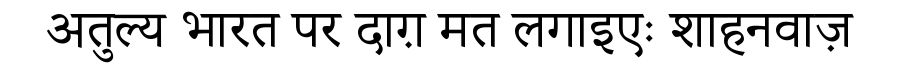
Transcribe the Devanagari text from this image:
अतुल्य भारत पर दाग़ मत लगाइएः शाहनवाज़